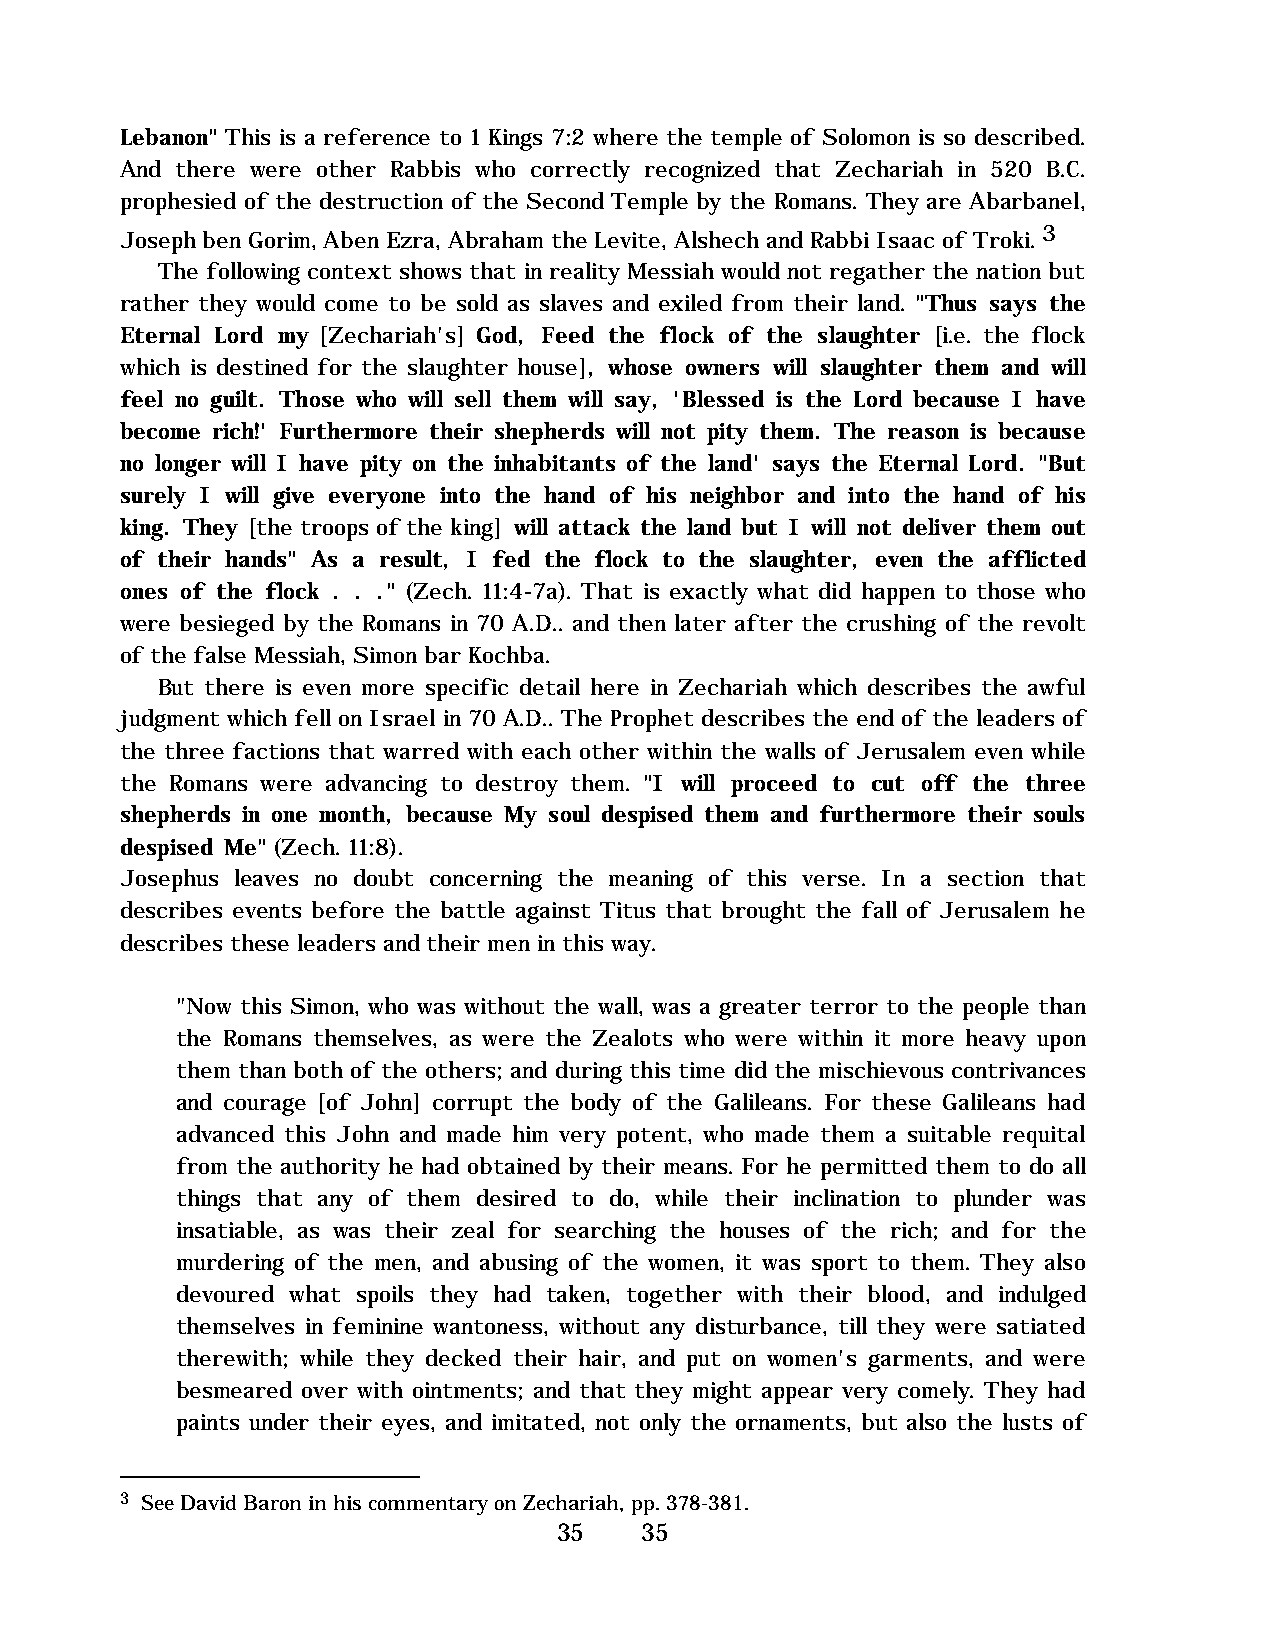
Lebanon" This is a reference to 1 Kings 7:2 where the temple of Solomon is so described.
 And there were other Rabbis who correctly recognized that Zechariah in 520 B.C.
 prophesied of the destruction of the Second Temple by the Romans. They are Abarbanel,
 Joseph ben Gorim, Aben Ezra, Abraham the Levite, Alshech and Rabbi Isaac of Troki. 3
 The following context shows that in reality Messiah would not regather the nation but
 rather they would come to be sold as slaves and exiled from their land. "Thus says the
 Eternal Lord my [Zechariah's] God, Feed the flock of the slaughter [i.e. the flock
 which is destined for the slaughter house], whose owners will slaughter them and will
 feel no guilt. Those who will sell them will say, 'Blessed is the Lord because I have
 become rich!' Furthermore their shepherds will not pity them. The reason is because
 no longer will I have pity on the inhabitants of the land' says the Eternal Lord. "But
 surely I will give everyone into the hand of his neighbor and into the hand of his
 king. They [the troops of the king] will attack the land but I will not deliver them out
 of their hands" As a result, I fed the flock to the slaughter, even the afflicted
 ones of the flock . . ." (Zech. 11:4-7a). That is exactly what did happen to those who
 were besieged by the Romans in 70 A.D.. and then later after the crushing of the revolt
 of the false Messiah, Simon bar Kochba.
 But there is even more specific detail here in Zechariah which describes the awful
 judgment which fell on Israel in 70 A.D.. The Prophet describes the end of the leaders of
 the three factions that warred with each other within the walls of Jerusalem even while
 the Romans were advancing to destroy them. "I will proceed to cut off the three
 shepherds in one month, because My soul despised them and furthermore their souls
 despised Me" (Zech. 11:8).
 Josephus leaves no doubt concerning the meaning of this verse. In a section that
 describes events before the battle against Titus that brought the fall of Jerusalem he
 describes these leaders and their men in this way.
 "Now this Simon, who was without the wall, was a greater terror to the people than
 the Romans themselves, as were the Zealots who were within it more heavy upon
 them than both of the others; and during this time did the mischievous contrivances
 and courage [of John] corrupt the body of the Galileans. For these Galileans had
 advanced this John and made him very potent, who made them a suitable requital
 from the authority he had obtained by their means. For he permitted them to do all
 things that any of them desired to do, while their inclination to plunder was
 insatiable, as was their zeal for searching the houses of the rich; and for the
 murdering of the men, and abusing of the women, it was sport to them. They also
 devoured what spoils they had taken, together with their blood, and indulged
 themselves in feminine wantoness, without any disturbance, till they were satiated
 therewith; while they decked their hair, and put on women's garments, and were
 besmeared over with ointments; and that they might appear very comely. They had
 paints under their eyes, and imitated, not only the ornaments, but also the lusts of
 3 See David Baron in his commentary on Zechariah, pp. 378-381.
 35   35